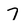
Character: 7